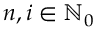
n , i \in \ensuremath { \mathbb { N } } _ { 0 }